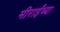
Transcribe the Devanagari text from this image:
मीराईंच्या